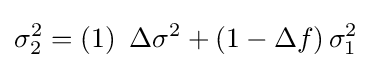
\sigma _{2}^{2}=\left(1\right)\ \Delta \sigma ^{2}+\left(1-\Delta f\right)\sigma _{1}^{2}